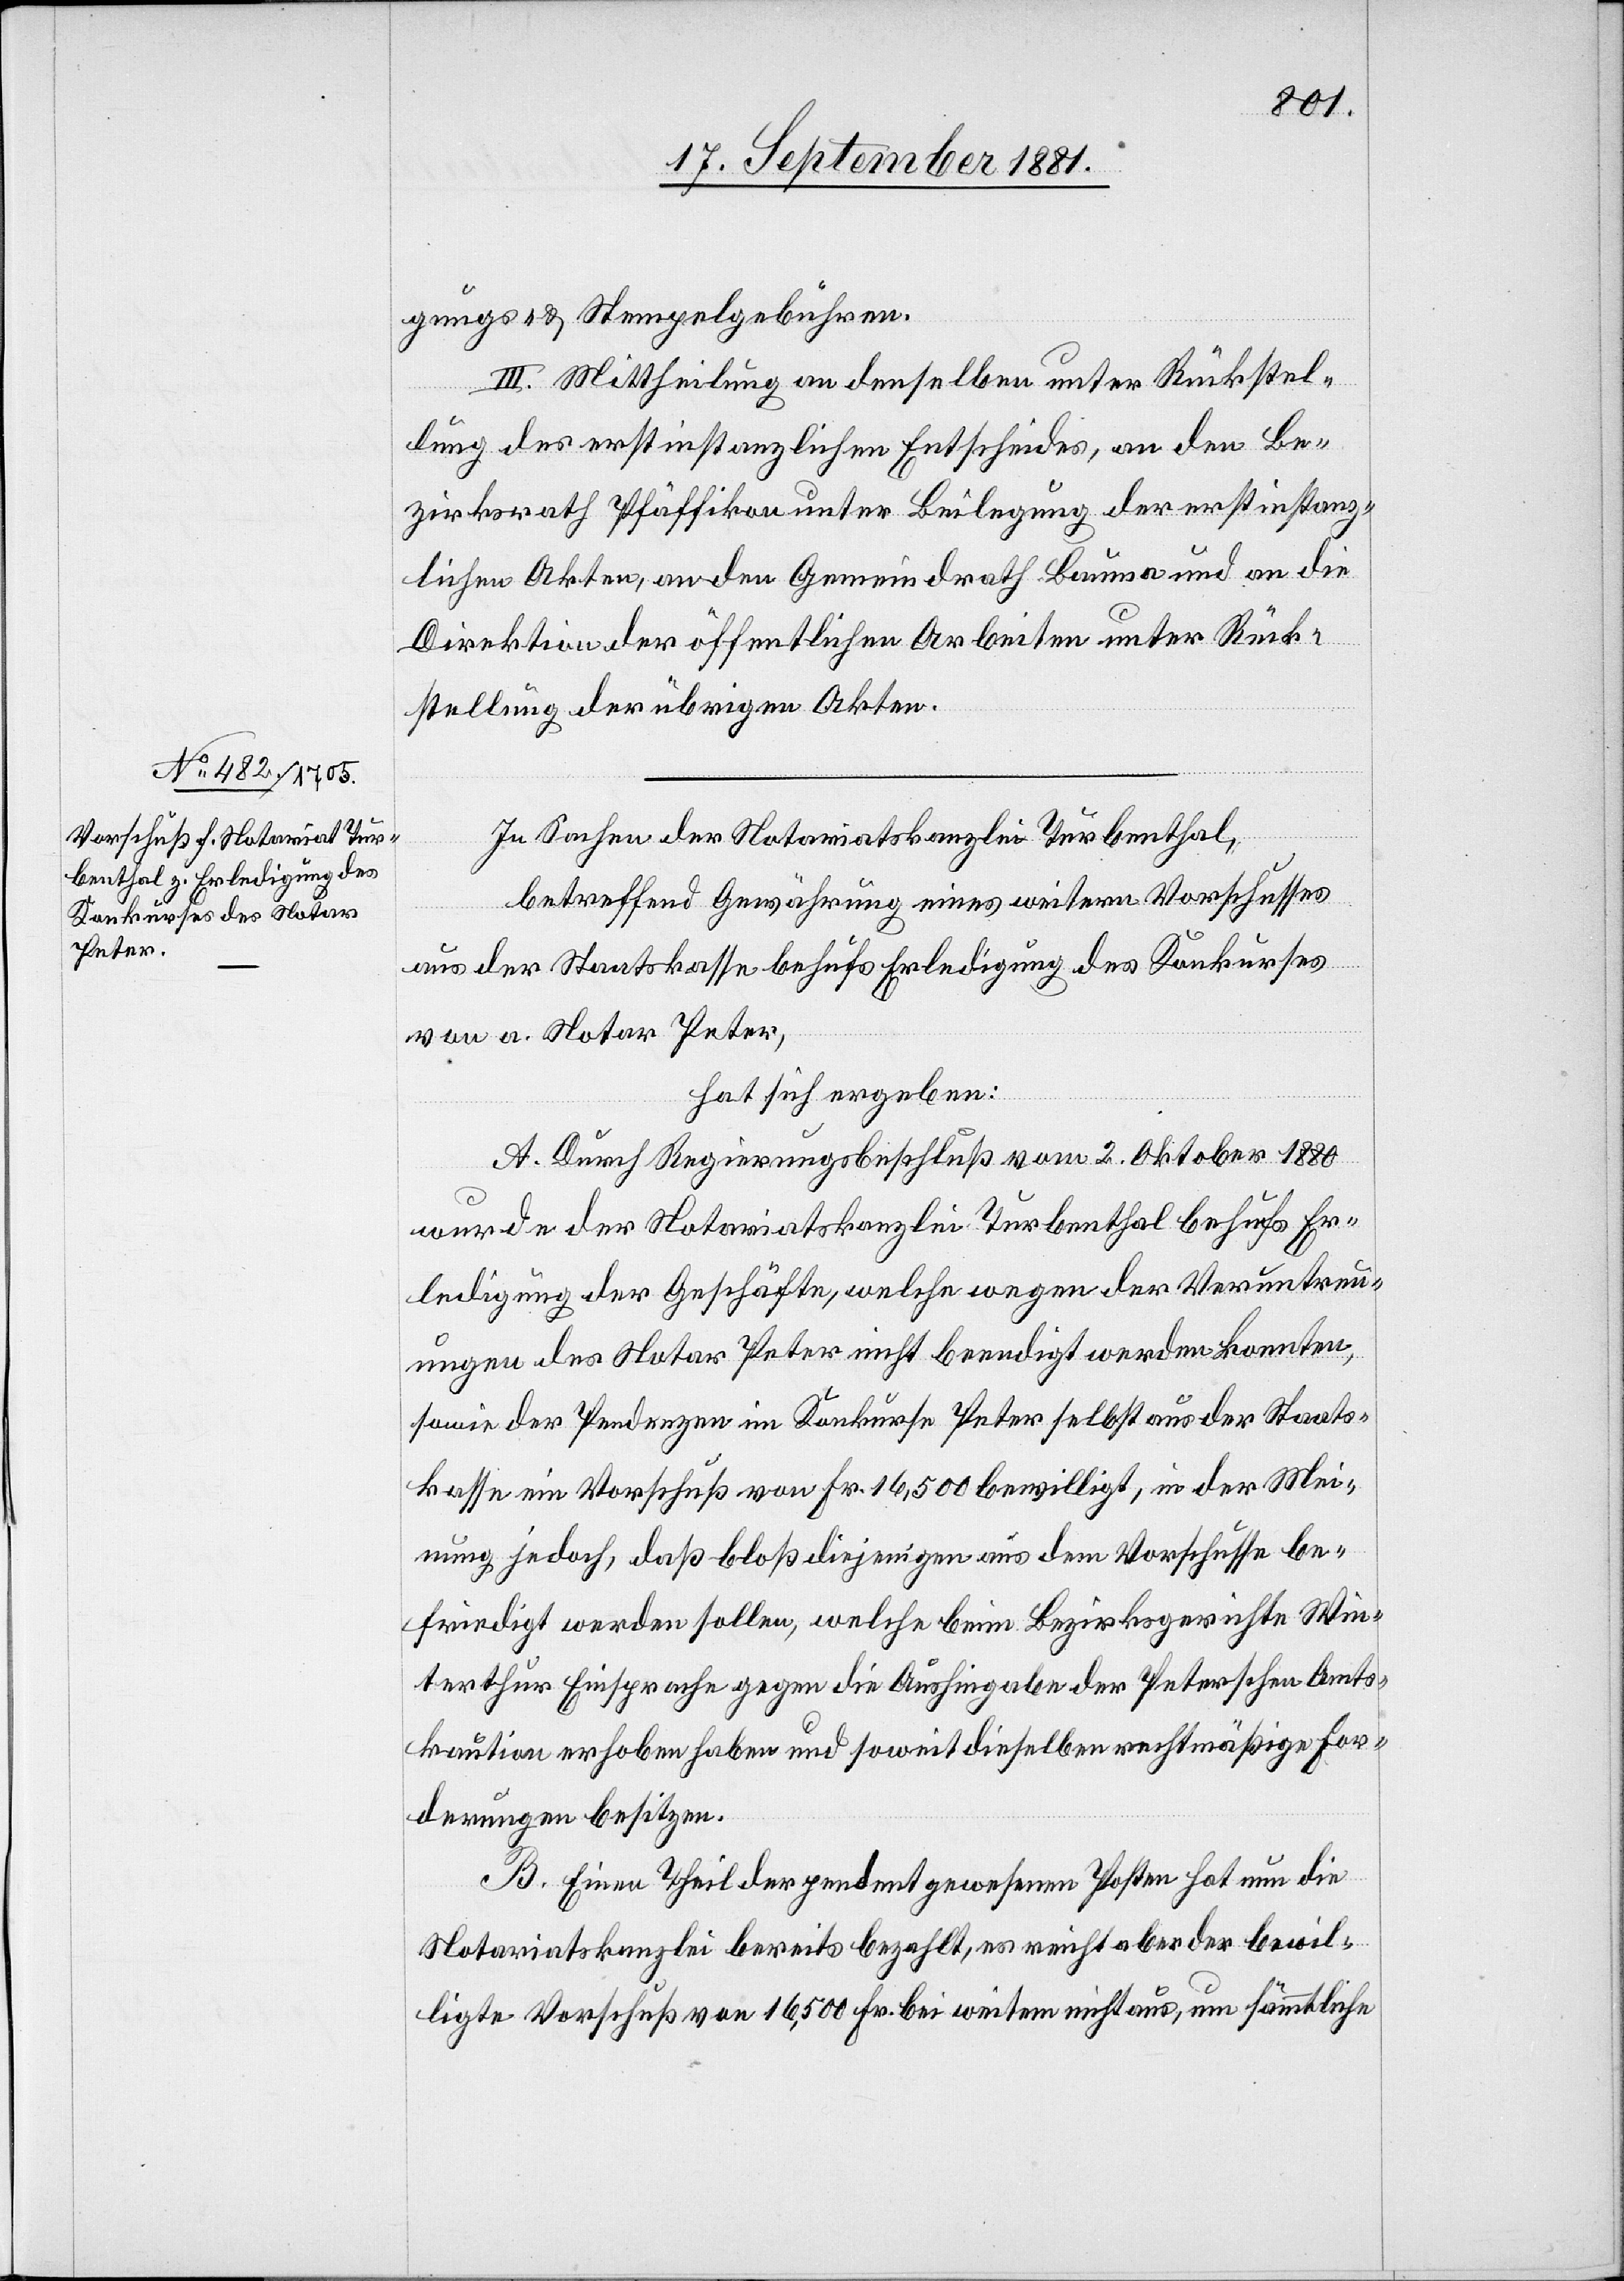
gungs- & Stempelgebühren.
III. Mittheilung an denselben unter Rückstel¬
lung des erstinstanzlichen Entscheides, an den Be¬
zirksrath Pfäffikon unter Beilegung der erstinstanz¬
lichen Akten, an den Gemeindrath Bauma und an die
Direktion der öffentlichen Arbeiten unter Rück¬
stellung der übrigen Akten.
In Sachen der Notariatskanzlei Turbenthal,
betreffend Gewährung eines weitern Vorschusses
aus der Staatskasse behufs Erledigung des Konkurses
von a. Notar Peter,
hat sich ergeben:
A. Durch Regierungsbeschluß vom 2. Oktober 1880
wurde der Notariatskanzlei Turbenthal behufs Er¬
ledigung der Geschäfte, welche wegen der Veruntreu¬
ungen des Notar Peter nicht beendigt werden konnten,
sowie der Pedenzen im Konkurses Peter selbst aus der Staats¬
kasse ein Vorschuß von Fr. 16,500 bewilligt, in der Mei¬
nung jedoch, daß bloß diejenigen aus dem Vorschusse be¬
friedigt werden sollen, welche beim Bezirksgerichte Win¬
terthur Einsprache gegen die Aushingabe der Peterschen Amts¬
kaution erhoben haben und soweit dieselben rechtmäßige For¬
derungen besitzen.
B. Einen Theil der pendent gewesenen Posten hat nun die
Notariatskanzei bereits bezahlt, es reicht aber der bewil¬
ligte Vorschuß von 16,500 Fr. bei weitem nicht aus, um sämmtliche